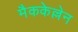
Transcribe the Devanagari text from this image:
मैककेल्लेन